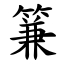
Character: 䈴